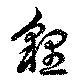
貍